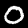
Digit: 0